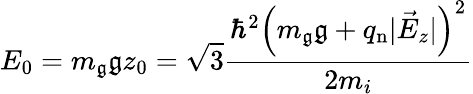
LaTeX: E_{0}=m_{\mathfrak{g}}\mathfrak{g}z_{0}=\sqrt{{3}}{{\frac{{\hbar^{2}\left(m_{\mathfrak{g}}\mathfrak{g}+q_{\mathrm{{n}}}|\vec{{E}}_{z}|\right)^{2}}}{{2m_{i}}}}}